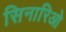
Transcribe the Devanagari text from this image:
सिनारिओ